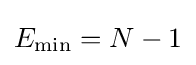
E_{\mathrm {min} }=N-1